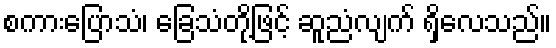
စကားပြောသံ၊ ခြေသံတို့ဖြင့် ဆူညံလျက် ရှိလေသည်။